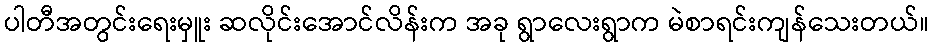
ပါတီအတွင်းရေးမှူး ဆလိုင်းအောင်လိန်းက အခု ရွာလေးရွာက မဲစာရင်းကျန်သေးတယ်။